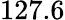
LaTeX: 127.6